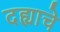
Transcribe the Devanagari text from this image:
दह्याचे